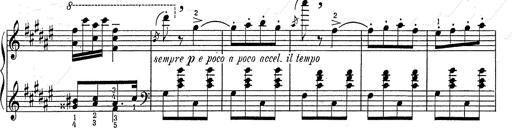
Title: Hungarian Rhapsody No.2
Composer: Franz Liszt
Key: C-sharp minor